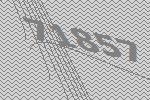
71857